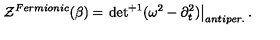
{ \cal Z } ^ { F e r m i o n i c } ( \beta ) = \left. { \det } ^ { + 1 } ( \omega ^ { 2 } - \partial _ { t } ^ { 2 } ) \right| _ { a n t i p e r . } .